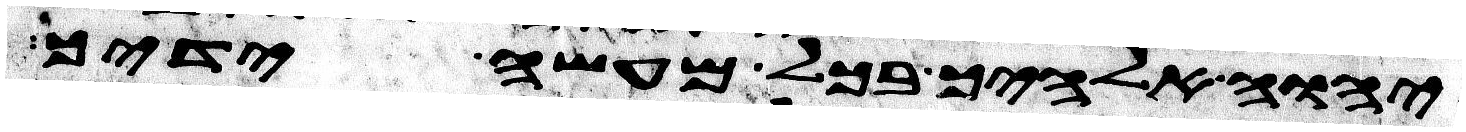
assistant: יהוה אלהיך בכל מעשה ידיך